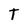
Character: T